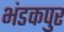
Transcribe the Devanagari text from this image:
भंडकपुर